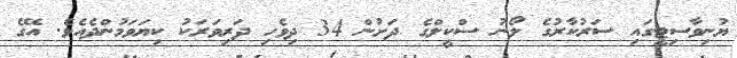
ޔުނިވާސިޓީގައި ސަރުކާރުގެ ލޯނު ސްކީލްގެ ދަށުން 34 ދިވެހި ދަރިވަރަކު ކިޔަވަމުންދެއެވެ. އޭގެ